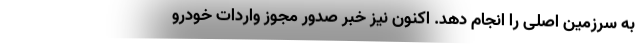
به سرزمین اصلی را انجام دهد. اکنون نیز خبر صدور مجوز واردات خودرو